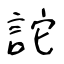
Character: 詑